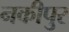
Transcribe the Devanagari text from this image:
नकीपुर